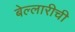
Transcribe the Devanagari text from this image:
बेल्लारीची